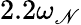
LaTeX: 2.2\omega_{\mathscr{N}}